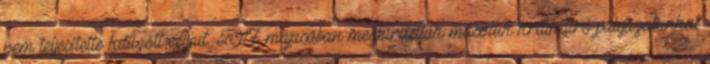
nem teljesítette kitűzött céljait. 2017 májusában meghirdettük második kritikaíró-pályázatunkat